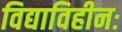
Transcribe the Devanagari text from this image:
विद्याविहीनः